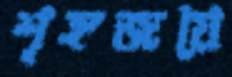
শৃঙ্গজয়ে